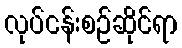
လုပ်ငန်းစဉ်ဆိုင်ရာ